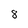
Character: 8